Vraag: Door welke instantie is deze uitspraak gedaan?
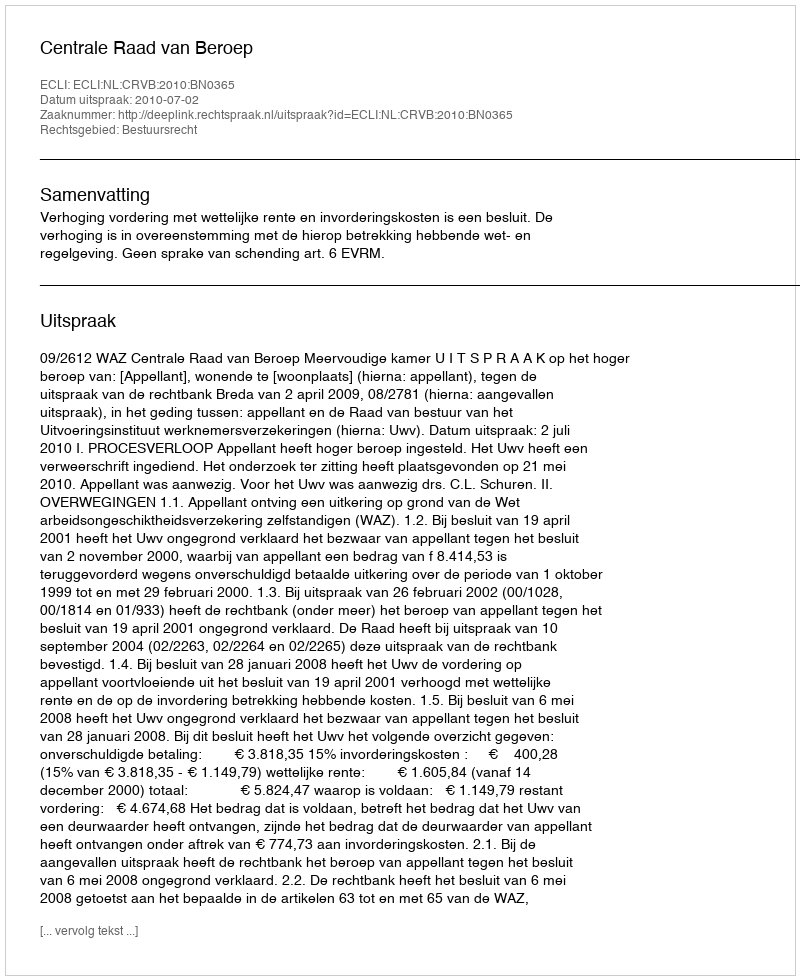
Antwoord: Centrale Raad van Beroep